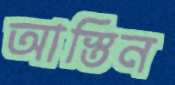
আস্তিন